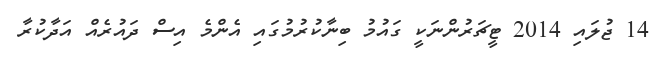
14 ޖުލައި 2014 ޓީޗަރުންނަކީ ގައުމު ބިނާކުރުމުގައި އެންމެ އިސް ދައުރެއް އަދާކުރާ